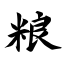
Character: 粮